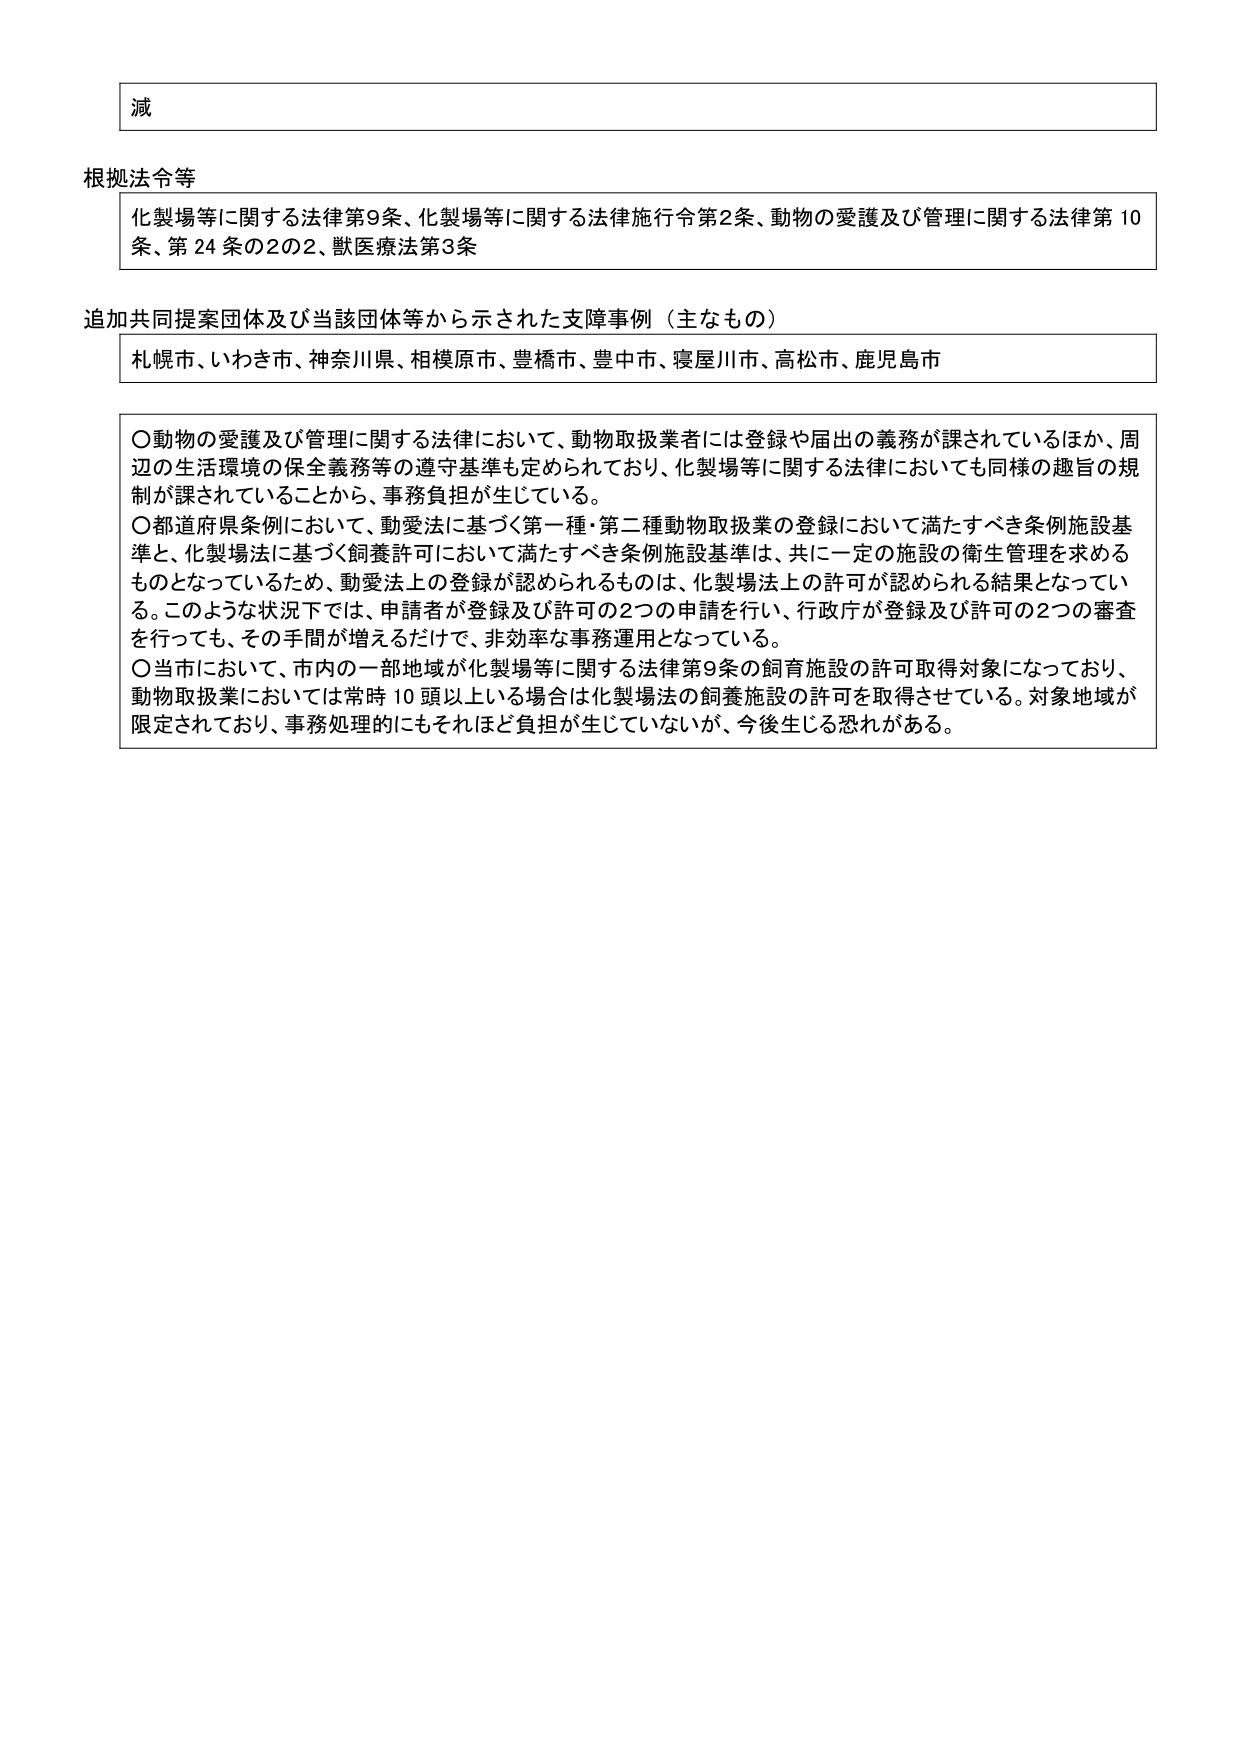
減

根拠法令等
化製場等に関する法律第9条、化製場等に関する法律施行令第2条、動物の愛護及び管理に関する法律第10条、第24条の2の2、獣医療法第3条

追加共同提案団体及び当該団体等から示された支障事例（主なもの）
札幌市、いわき市、神奈川県、相模原市、豊橋市、豊中市、寝屋川市、高松市、鹿児島市

〇動物の愛護及び管理に関する法律において、動物取扱業者には登録や届出の義務が課されているほか、周辺の生活環境の保全義務等の遵守基準も定められており、化製場等に関する法律においても同様の趣旨の規制が課されていることから、事務負担が生じている。
〇都道府県条例において、動愛法に基づく第一種・第二種動物取扱業の登録において満たすべき条例施設基準と、化製場法に基づく飼養許可において満たすべき条例施設基準は、共に一定の施設の衛生管理を求めるものとなっているため、動愛法上の登録が認められるものは、化製場法上の許可が認められる結果となっている。このような状況下では、申請者が登録及び許可の2つの申請を行い、行政庁が登録及び許可の2つの審査を行っても、その手間が増えるだけで、非効率な事務運用となっている。
〇当市において、市内の一部地域が化製場等に関する法律第9条の飼育施設の許可取得対象になっており、動物取扱業においては常時10頭以上いる場合は化製場法の飼養施設の許可を取得させている。対象地域が限定されており、事務処理的にもそれほど負担が生じていないが、今後生じる恐れがある。